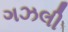
ગઝલી